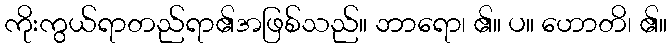
ကိုးကွယ်ရာတည်ရာ၏အဖြစ်သည်။ ဘာရော၊ ၏။ ပ။ ဟောတိ၊ ၏။